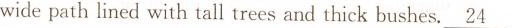
wide path lined with tall trees and thick bushes. \underline{24}